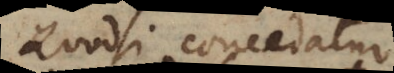
Quodsi concedatur